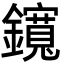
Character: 鑧